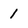
Character: 1